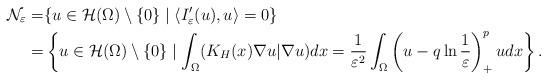
LaTeX: \begin{align*}\mathcal{N}_\varepsilon=&\{u\in \mathcal{H}(\Omega)\setminus\{0\}\mid \langle I'_\varepsilon(u),u\rangle =0\}\\=&\left\{u\in \mathcal{H}(\Omega)\setminus\{0\}\mid \int_{\Omega}(K_H(x)\nabla u|\nabla u)dx=\frac{1}{\varepsilon^2}\int_{\Omega}\left(u-q\ln\frac{1}{\varepsilon}\right)^{p}_+udx\right\}.\end{align*}